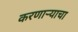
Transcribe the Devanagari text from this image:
करणाऱ्याचा